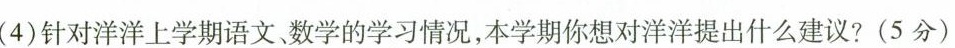
(4)针对洋洋上学期语文、数学的学习情况，本学期你想对洋洋提出什么建议?(5分)